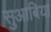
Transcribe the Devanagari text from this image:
सुआबिया